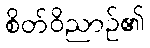
စိတ်ဝိညာဉ်၏